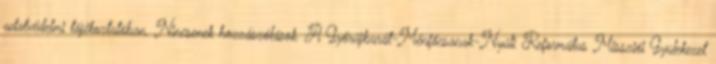
adatvédelmi tájékoztatóban. Nincsenek hozzászólások. A Győrújbarát-Ménfőcsanak-Nyúli Református Missziói Gyülekezet